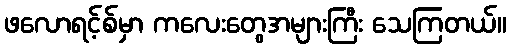
ဖလောရင့်စ်မှာ ကလေးတွေအများကြီး သေကြတယ်။